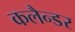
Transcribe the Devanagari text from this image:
कलैन्डर